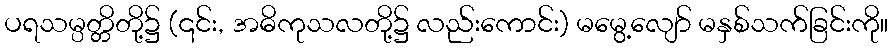
ပရသမ္ပတ္တိတို့၌ (၎င်း, အဓိကုသလတို့၌ လည်းကောင်း) မမွေ့လျော် မနှစ်သက်ခြင်းကို။